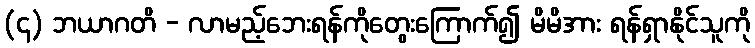
(၄) ဘယာဂတိ - လာမည့်ဘေးရန်ကိုတွေးကြောက်၍ မိမိအား ရန်ရှာနိုင်သူကို